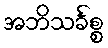
အဘိသင်္ခစ္စ